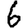
Digit: 9